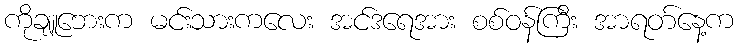
ကိုချူဘေးက မင်းသားကလေး အင်ဒရေအား စစ်ဝန်ကြီး အာရတ်နေ့က